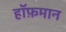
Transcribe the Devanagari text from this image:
हॉफ़मान